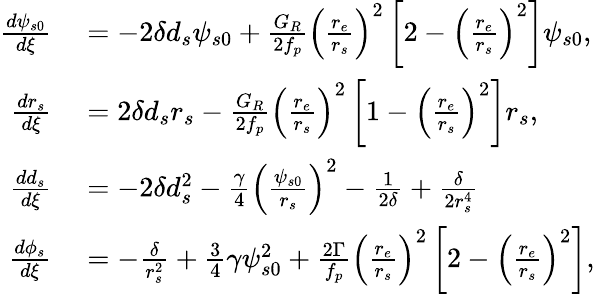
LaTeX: \begin{array}{rl}{\frac{d\psi_{s0}}{d\xi}}&{{}=-2\delta d_{s}\psi_{s0}+\frac{G_{R}}{2f_{p}}\left(\frac{r_{e}}{r_{s}}\right)^{2}\left[2-\left(\frac{r_{e}}{r_{s}}\right)^{2}\right]\psi_{s0},}\\ {\frac{dr_{s}}{d\xi}}&{{}=2\delta d_{s}r_{s}-\frac{G_{R}}{2f_{p}}\left(\frac{r_{e}}{r_{s}}\right)^{2}\left[1-\left(\frac{r_{e}}{r_{s}}\right)^{2}\right]r_{s},}\\ {\frac{dd_{s}}{d\xi}}&{{}=-2\delta d_{s}^{2}-\frac{\gamma}{4}\left(\frac{\psi_{s0}}{r_{s}}\right)^{2}-\frac{1}{2\delta}+\frac{\delta}{2r_{s}^{4}}}\\ {\frac{d\phi_{s}}{d\xi}}&{{}=-\frac{\delta}{r_{s}^{2}}+\frac{3}{4}\gamma\psi_{s0}^{2}+\frac{2\Gamma}{f_{p}}\left(\frac{r_{e}}{r_{s}}\right)^{2}\left[2-\left(\frac{r_{e}}{r_{s}}\right)^{2}\right],}\end{array}